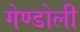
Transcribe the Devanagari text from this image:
गेण्डोली